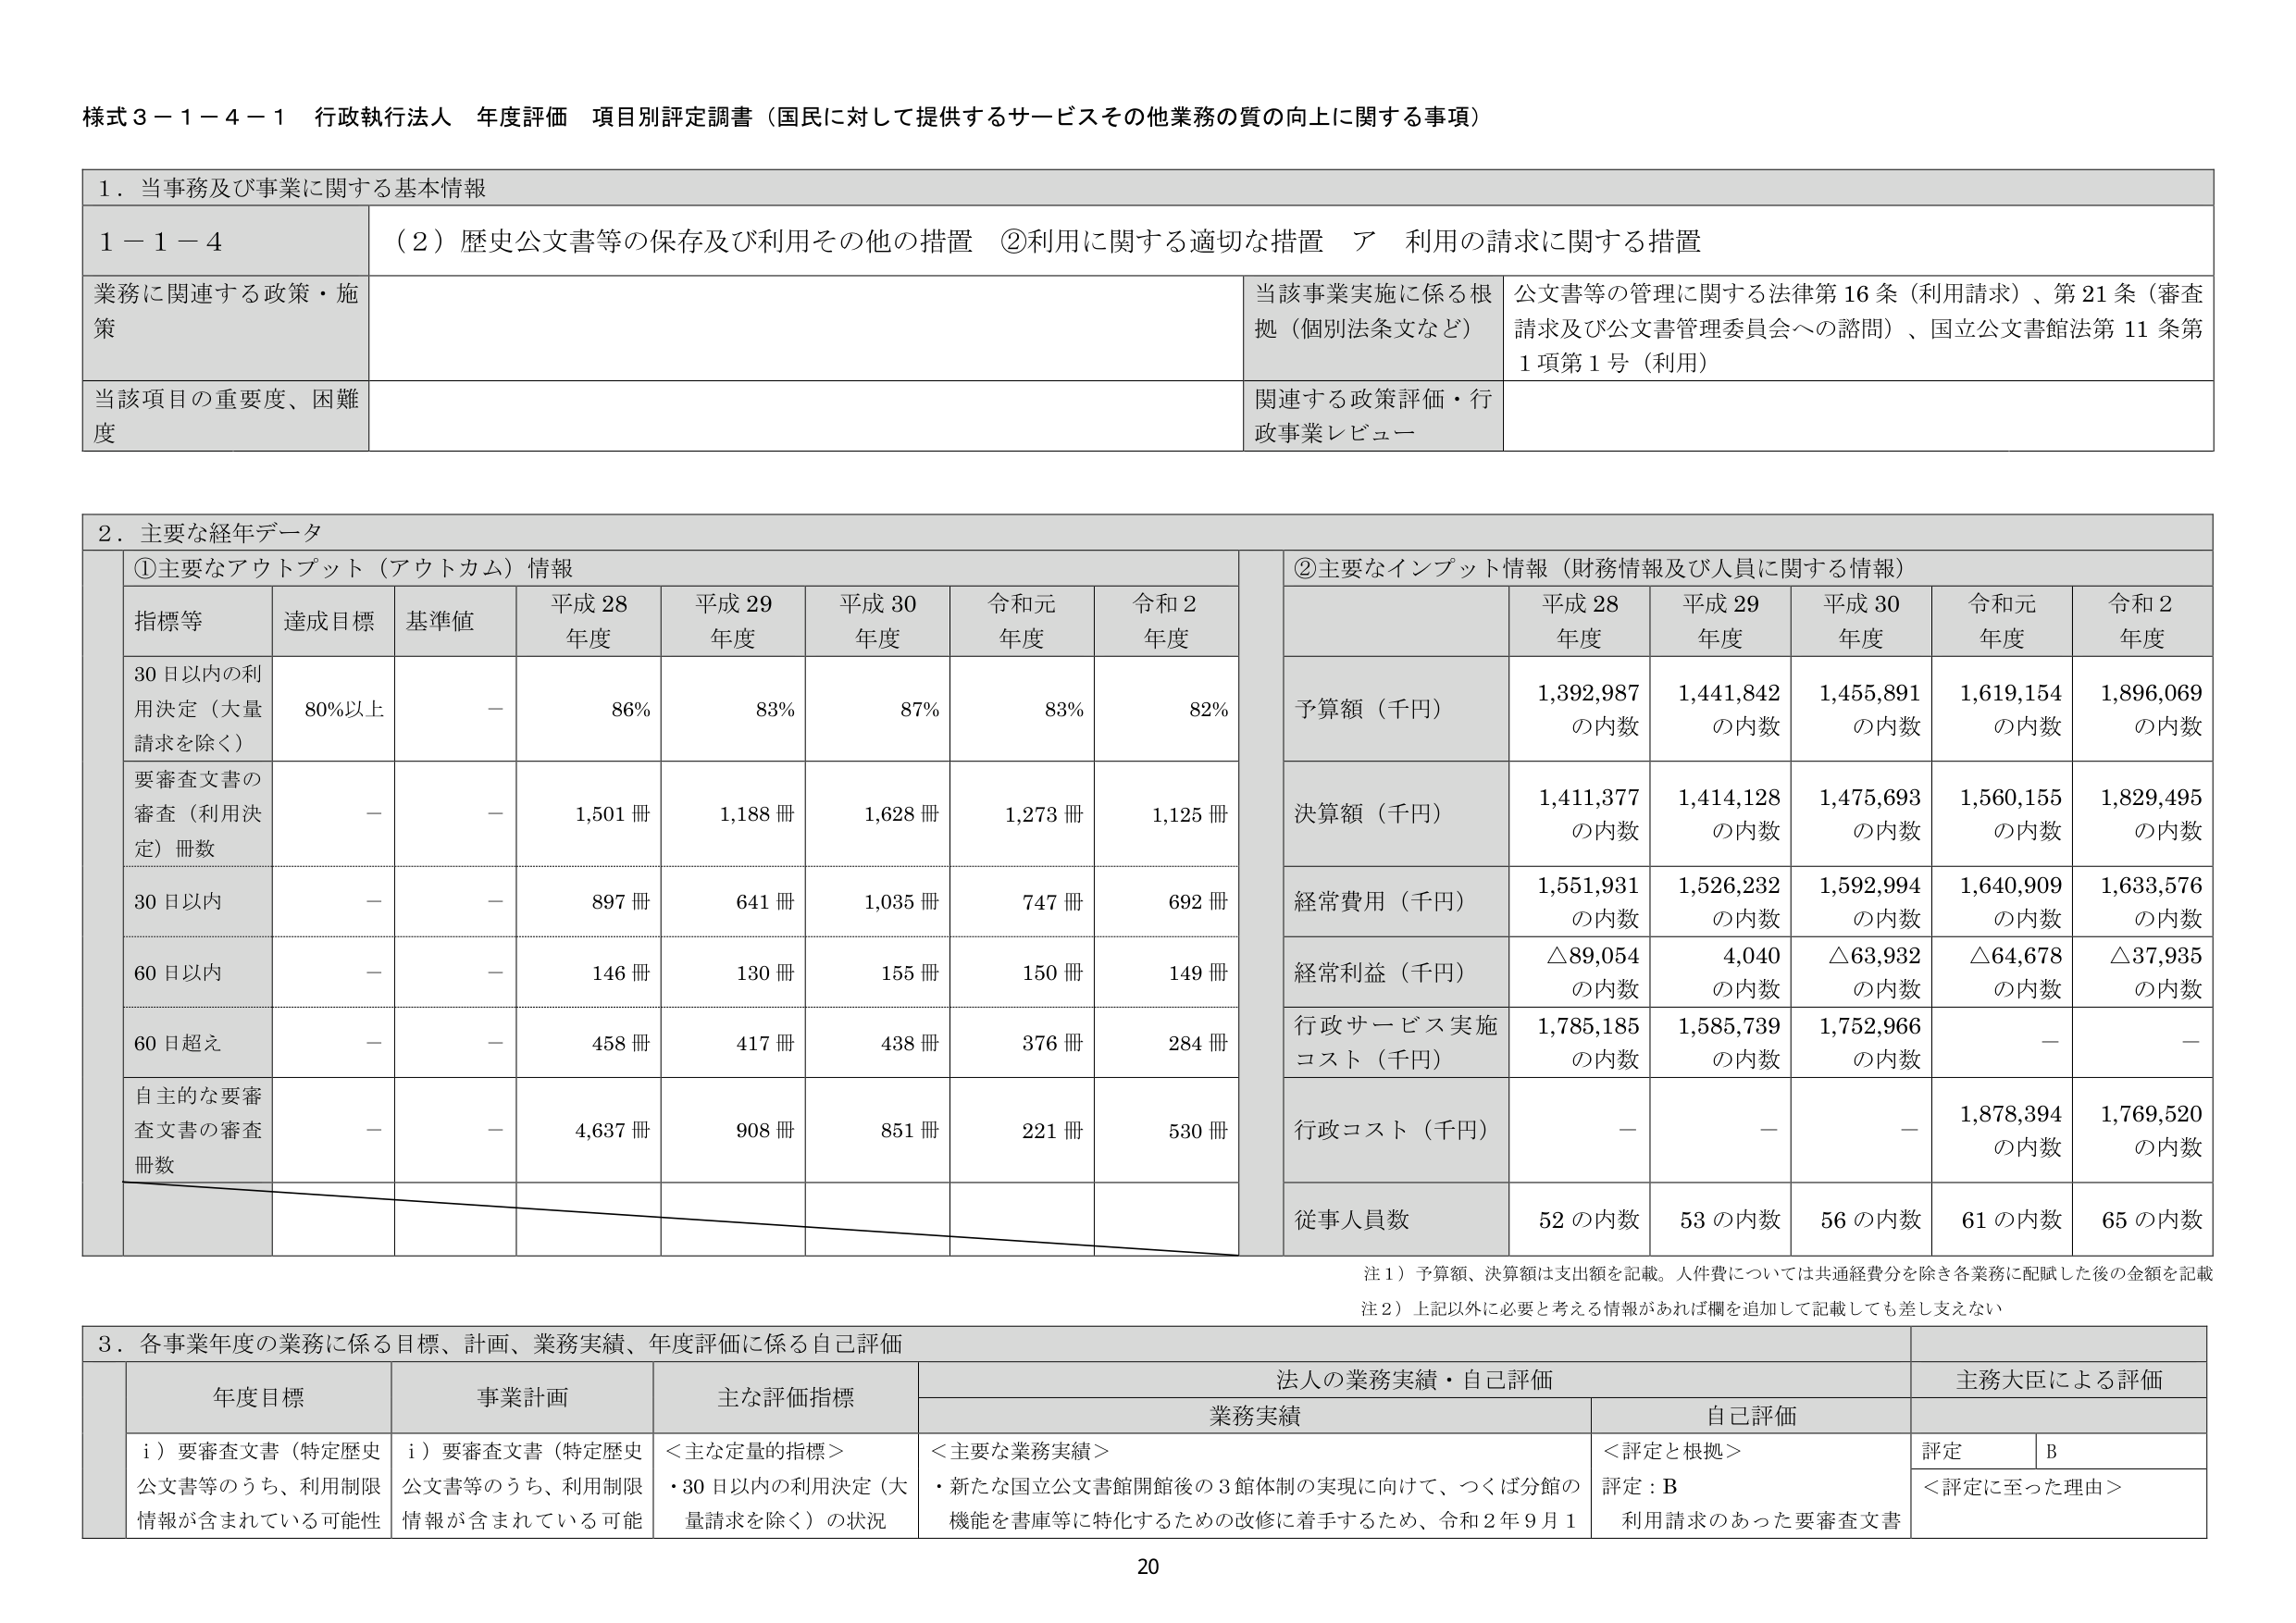
様式３－１－４－１ 行政執行法人 年度評価 項目別評定調書（国民に対して提供するサービスその他業務の質の向上に関する事項）

１．当事務及び事業に関する基本情報

１－１－４ （２）歴史公文書等の保存及び利用その他の措置 ②利用に関する適切な措置 ア 利用の請求に関する措置

業務に関連する政策・施策
当該事業実施に係る根拠（個別法条文など）
公文書等の管理に関する法律第16条（利用請求）、第21条（審査請求及び公文書管理委員会への諮問）、国立公文書館法第11条第1項第1号（利用）

当該項目の重要度、困難度
関連する政策評価・行政事業レビュー

２．主要な経年データ

①主要なアウトプット（アウトカム）情報

指標等 達成目標 基準値 平成28年度 平成29年度 平成30年度 令和元年度 令和2年度

30日以内の利用決定（大量請求を除く） 80％以上 － 86％ 83％ 87％ 83％ 82％

要審査文書の審査（利用決定）冊数 － － 1,501冊 1,188冊 1,628冊 1,273冊 1,125冊

30日以内 － － 897冊 641冊 1,035冊 747冊 692冊

60日以内 － － 146冊 130冊 155冊 150冊 149冊

60日超え － － 458冊 417冊 438冊 376冊 284冊

自主的な要審査文書の審査冊数 － － 4,637冊 908冊 851冊 221冊 530冊

②主要なインプット情報（財務情報及び人員に関する情報）

平成28年度 平成29年度 平成30年度 令和元年度 令和2年度

予算額（千円） 1,392,987の内数 1,441,842の内数 1,455,891の内数 1,619,154の内数 1,896,069の内数

決算額（千円） 1,411,377の内数 1,414,128の内数 1,475,693の内数 1,560,155の内数 1,829,495の内数

経常費用（千円） 1,551,931の内数 1,526,232の内数 1,592,994の内数 1,640,909の内数 1,633,576の内数

経常利益（千円） △89,054の内数 4,040の内数 △63,932の内数 △64,678の内数 △37,935の内数

行政サービス実施コスト（千円） 1,785,185の内数 1,585,739の内数 1,752,966の内数 － －

行政コスト（千円） － － － 1,878,394の内数 1,769,520の内数

従事人員数 52の内数 53の内数 56の内数 61の内数 65の内数

注１）予算額、決算額は支出額を記載。人件費については共通経費分を除き各業務に配賦した後の金額を記載
注２）上記以外に必要と考える情報があれば欄を追加して記載しても差し支えない

３．各事業年度の業務に係る目標、計画、業務実績、年度評価に係る自己評価

年度目標 事業計画 主な評価指標 法人の業務実績・自己評価 主務大臣による評価

業務実績 自己評価

i）要審査文書（特定歴史公文書等のうち、利用制限情報が含まれている可能性 i）要審査文書（特定歴史公文書等のうち、利用制限情報が含まれている可能 ＜主な定量的指標＞ ＜主要な業務実績＞ ＜評定と根拠＞ 評定 B

・30日以内の利用決定（大量請求を除く）の状況 ・新たな国立公文書館開館後の3館体制の実現に向けて、つくば分館の機能を書庫等に特化するための改修に着手するため、令和2年9月1 評定：B 利用請求のあった要審査文書 ＜評定に至った理由＞

20